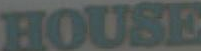
HOUSE